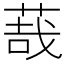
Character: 𦳦